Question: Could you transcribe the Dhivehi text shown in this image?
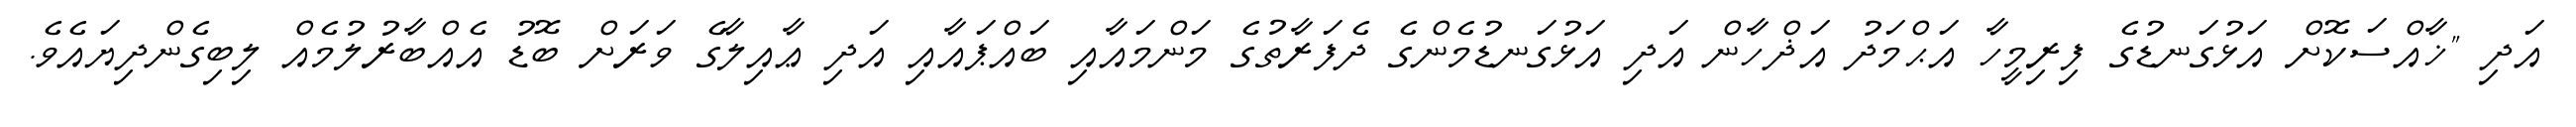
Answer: އަދި "ޚާއްސަކޮށް އަޅުގަނޑުގެ ފިރިމީހާ އަޙްމަދު އަޛްހާން އަދި އަޅުގަނޑުމެންގެ ދެފަރާތުގެ މަންމައާއި ބައްޕައާއި އަދި ޢާއިލާގެ ވަރަށް ބޮޑު އެއްބާރުލުމެއް ލިބިގެންދިޔައެވެ.